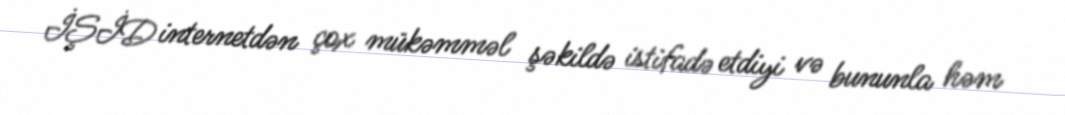
İŞİD internetdən çox mükəmməl şəkildə istifadə etdiyi və bununla həm